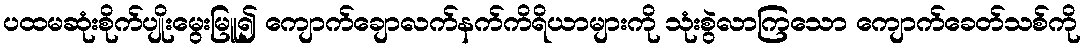
ပထမဆုံးစိုက်ပျိုးမွေးမြူ၍ ကျောက်ချောလက်နက်ကိရိယာများကို သုံးစွဲလာကြသော ကျောက်ခေတ်သစ်ကို